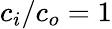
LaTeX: c_{i}/c_{o}=1